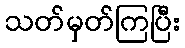
သတ်မှတ်ကြပြီး